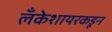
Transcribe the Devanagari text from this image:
लँकेशायरकडून